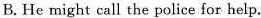
B.He might call the police for help.